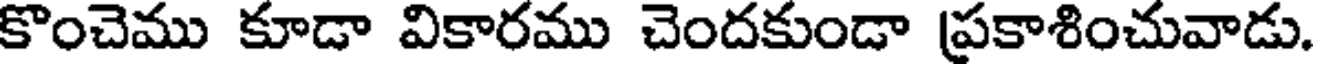
కొంచెము కూడా వికారము చెందకుండా ప్రకాశించువాడు.